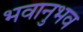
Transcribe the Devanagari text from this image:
भवानुभव